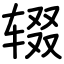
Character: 辍